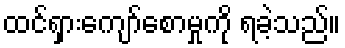
ထင်ရှားကျော်စောမှုကို ရခဲ့သည်။